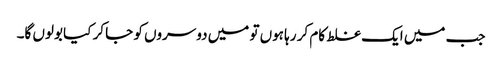
جب میں ایک غلط کام کر رہا ہوں تو میں دوسروں کو جا کر کیا بولوں گا۔